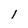
Character: l